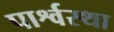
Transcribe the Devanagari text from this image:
पार्श्वस्था